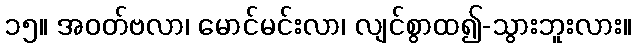
၁၅။ အဝတ်ဗလာ၊ မောင်မင်းလာ၊ လျင်စွာထ၍-သွားဘူးလား။